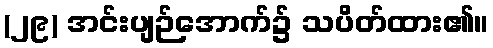
(၂၉) အင်းပျဉ်အောက်၌ သပိတ်ထား၏။